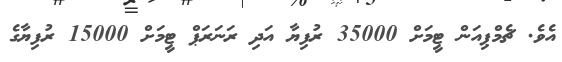
އެވެ. ޗެމްޕިއަން ޓީމަށް 35000 ރުފިޔާ އަދި ރަނަރަޕް ޓީމަށް 15000 ރުފިޔާގެ